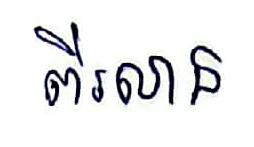
ពីរលាន